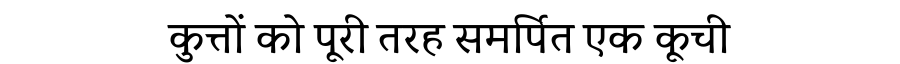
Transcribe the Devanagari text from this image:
कुत्तों को पूरी तरह समर्पित एक कूची